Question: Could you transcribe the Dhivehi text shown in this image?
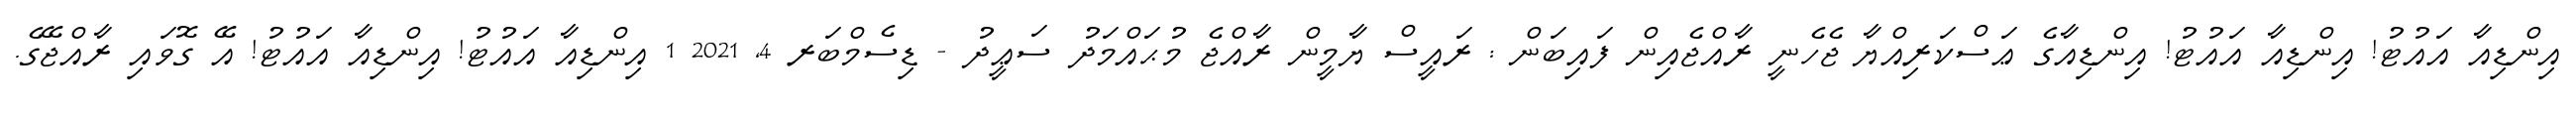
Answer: އިންޑިއާ އައުޓު! އިންޑިއާ އައުޓު! އިންޑިއާގެ ޢަސްކަރިއްޔާ ޖެހެނީ ރާއްޖެއިން ފައިބަން : ރައީސް ޔާމީން ރާއްޖެ މުޙައްމަދު ސަޢީދު - ޑިސެމްބަރ 4, 2021 1 އިންޑިއާ އައުޓު! އިންޑިއާ އައުޓު! އޭ ގޮވައި ރާއްޖޭގެ.